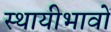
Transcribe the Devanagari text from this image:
स्थायीभावों